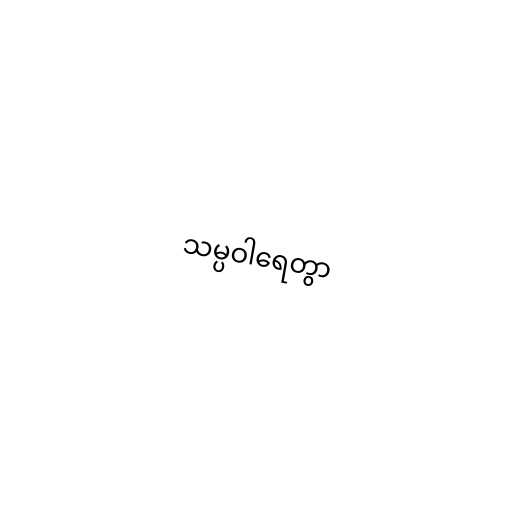
သမ္ပဝါရေတွာ